Annual report of the Punjab Veterinary College and of the Civil Veterinary Department, Punjab - 1926-1932
Year: 1926
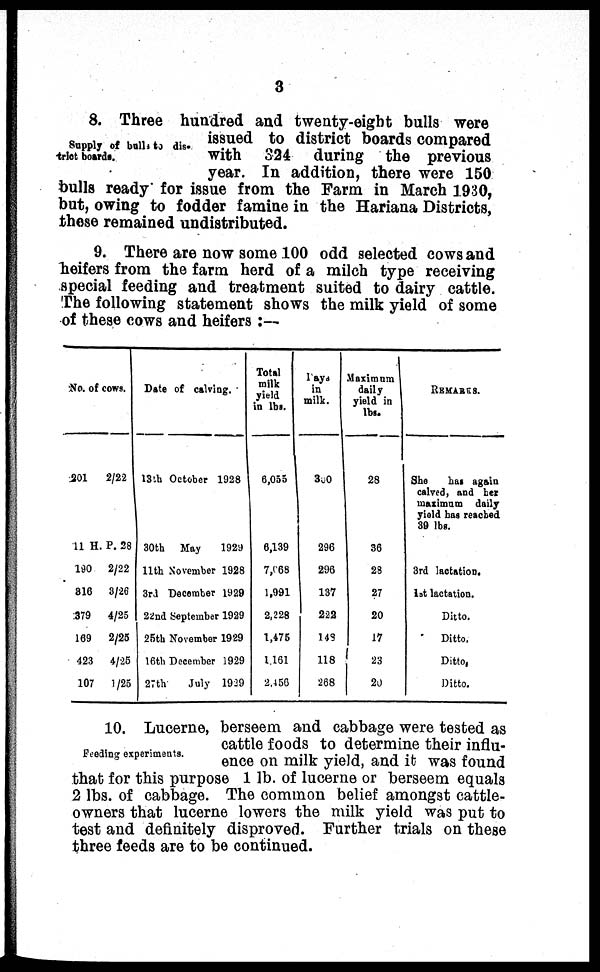
3
Supply of bulls to dis-
trict boards.
8. Three hundred and twenty-eight bulls were
issued to district boards compared
with 324 during the previous
year. In addition, there were 150
bulls ready for issue from the Farm in March 1930,
but, owing to fodder famine in the Hariana Districts,
these remained undistributed.
9. There are now some 100 odd selected cows and
heifers from the farm herd of a milch type receiving
special feeding and treatment suited to dairy cattle.
The following statement shows the milk yield of some
of these cows and heifers:—
No. of
cows.
201
2/22
11 H. P. 28
190
316
379
169
423
107
2/22
3/26
4/25
2/25
4/25
1/25
Date of calving.
13th October 1928
30th
May
1929
11th November 1928
3rd December 1929
22nd September 1929
25th November 1929
16th December 1929
27th
July 1929
Total
milk
yield
in lbs.
6,055
6,139
7,668
1,991
2,228
1,475
1,161
2,456
Days.
in
milk.
300
296
296
137
222
148
118
268
Maximum
daily
yield in
lbs.
28
36
28
27
20
17
23
20
REMARKS.
She has again
calved, and bet
maximum daily
yield has reached
30 lbs.
3rd lactation.
1st lactation.
Ditto.
Ditto.
Ditto.
Ditto.
Feeding experiments.
10. Lucerne, berseem and cabbage were tested as
cattle foods to determine their influ-
ence on milk yield, and it was found
that for this purpose 1 lb. of lucerne or berseem equals
2 lbs. of cabbage. The common belief amongst cattle-
owners that lucerne lowers the milk yield was put to
test and definitely disproved. Further trials on these
three feeds are to be continued.